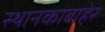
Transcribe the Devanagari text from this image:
स्थानकाबाहेर